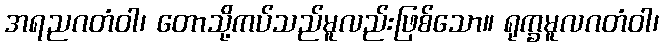
အရညဂတံဝါ၊ တောသို့ကပ်သည်မူလည်းဖြစ်သော။ ရုက္ခမူလဂတံဝါ၊